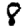
Digit: 8